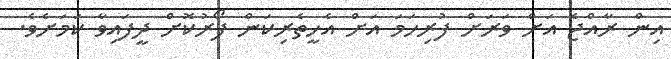
އިން ރާއްޖެ އަށް ވަަރަށް ފުރިހަމަ އަށް އެހީތެރިކަން ފޯރުކޮށް ދީފައިވާ ކަމަށެވެ.